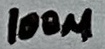
Text: 100µ